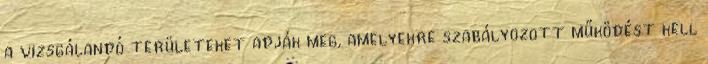
a vizsgálandó területeket adják meg, amelyekre szabályozott működést kell